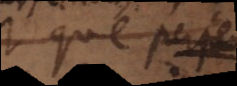
que parce